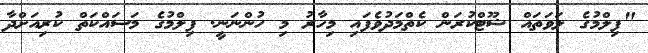
"ފިލްމުގެ ލަވަތައް ޝޫޓްކުރަން ކެތްމަދުވެފައި މިހާރު މި ހުންނަނީ. ފިލްމުގެ މަސައްކަތް ކުރިއަށްދާ